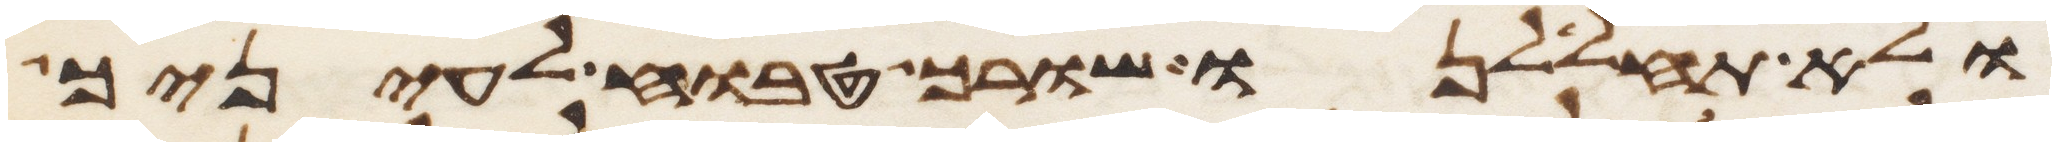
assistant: ולא תחללנו שורך טבוח לעיניך